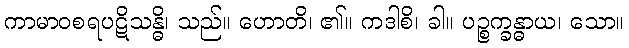
ကာမာဝစရပဋိသန္ဓိ၊ သည်။ ဟောတိ၊ ၏။ ကဒါစိ၊ ခါ။ ပဉ္စက္ခန္ဓာယ၊ သော။